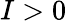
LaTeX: I>0